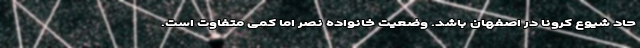
حاد شیوع کرونا در اصفهان باشد. وضعیت خانواده نصر اما کمی متفاوت است.